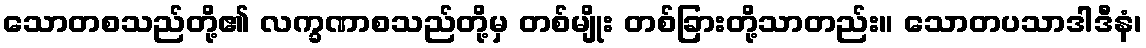
သောတစသည်တို့၏ လက္ခဏာစသည်တို့မှ တစ်မျိုး တစ်ခြားတို့သာတည်း။ သောတပသာဒါဒီနံ၊